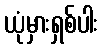
ယုံမှားရှစ်ပါး